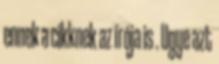
ennek a cikknek az írója is . Ugye azt